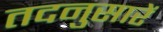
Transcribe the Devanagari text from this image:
तदनुसारें